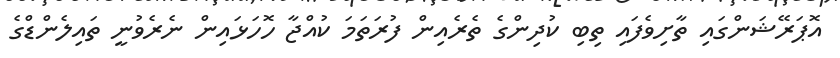
އޮޕަރޭޝަންގައި ތާށިވެފައި ތިބި ކުދިންގެ ތެރެއިން ފުރަތަމަ ކުއްޖާ ހޮހަޅައިން ނެރެވުނީ ތައިލެންޑްގެ